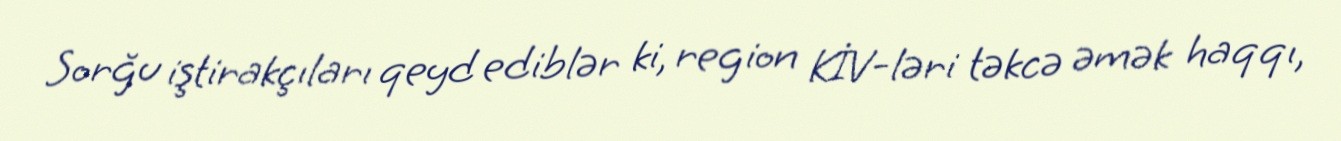
Sorğu iştirakçıları qeyd ediblər ki, region KİV-ləri təkcə əmək haqqı,